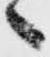
へ